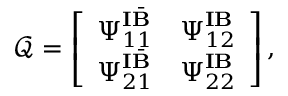
\mathcal { Q } = \left[ \begin{array} { l l } { \boldsymbol { \Psi } _ { { 1 1 } } ^ { \mathbf { I } \bar { \mathbf { B } } } } & { \boldsymbol { \Psi } _ { { 1 2 } } ^ { \mathbf { I } \mathbf { B } } } \\ { \boldsymbol { \Psi } _ { { 2 1 } } ^ { \mathbf { I } \bar { \mathbf { B } } } } & { \boldsymbol { \Psi } _ { { 2 2 } } ^ { \mathbf { I } \mathbf { B } } } \end{array} \right] ,